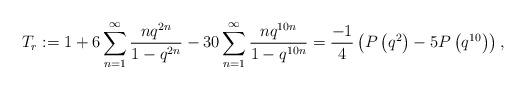
LaTeX: \begin{align*}T_{r}:=1+6\sum^{\infty}_{n=1}\frac{nq^{2n}}{1-q^{2n}}-30\sum^{\infty}_{n=1}\frac{nq^{10n}}{1-q^{10n}}=\frac{-1}{4}\left(P\left(q^2\right)-5P\left(q^{10}\right)\right), \end{align*}